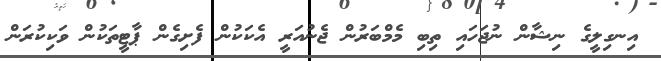
އިނގިލީގެ ނިޝާން ނުޖަހައި ތިބި މެމްބަރުން ޖެނުއަރީ އެކަކުން ފެށިގެން ޕާޓީތަކުން ވަކިކުރަން